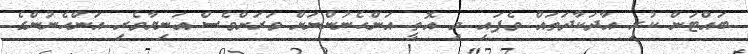
ބައްޓަން ކުރި އާދަކާދަތައް ވެފައި މި އޮތީ އަންހެނުންނަށް ވަރަށްވެސް އަނިޔާވެރި އަންހެނުންގެ